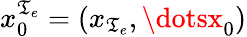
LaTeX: x_{0}^{\mathfrak{T}_{e}}=(x_{\mathfrak{T}_{e}},\dotsx_{0})